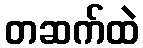
တဆက်ထဲ